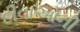
દીવાઓની